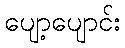
ပျော့ပျောင်း